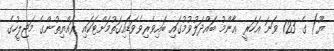
ޔޫ) ގެ 123 ވަނަ އަހަރީ ޢާންމު ބައްދަލުވުމުގައި ބައިވެރިވެވަޑައިގަތުމަށްޓަކައި ރައްޔިތުންގެ މަޖިލީހުގެ